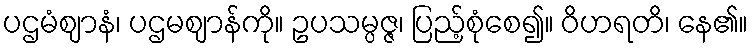
ပဌမံဈာနံ၊ ပဌမဈာန်ကို။ ဥပသမ္ပဇ္ဇ၊ ပြည့်စုံစေ၍။ ဝိဟရတိ၊ နေ၏။